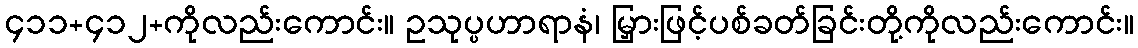
၄၁၁+၄၁၂+ကိုလည်းကောင်း။ ဥသုပ္ပဟာရာနံ၊ မြှားဖြင့်ပစ်ခတ်ခြင်းတို့ကိုလည်းကောင်း။